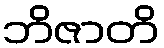
ဘိဇာတိ